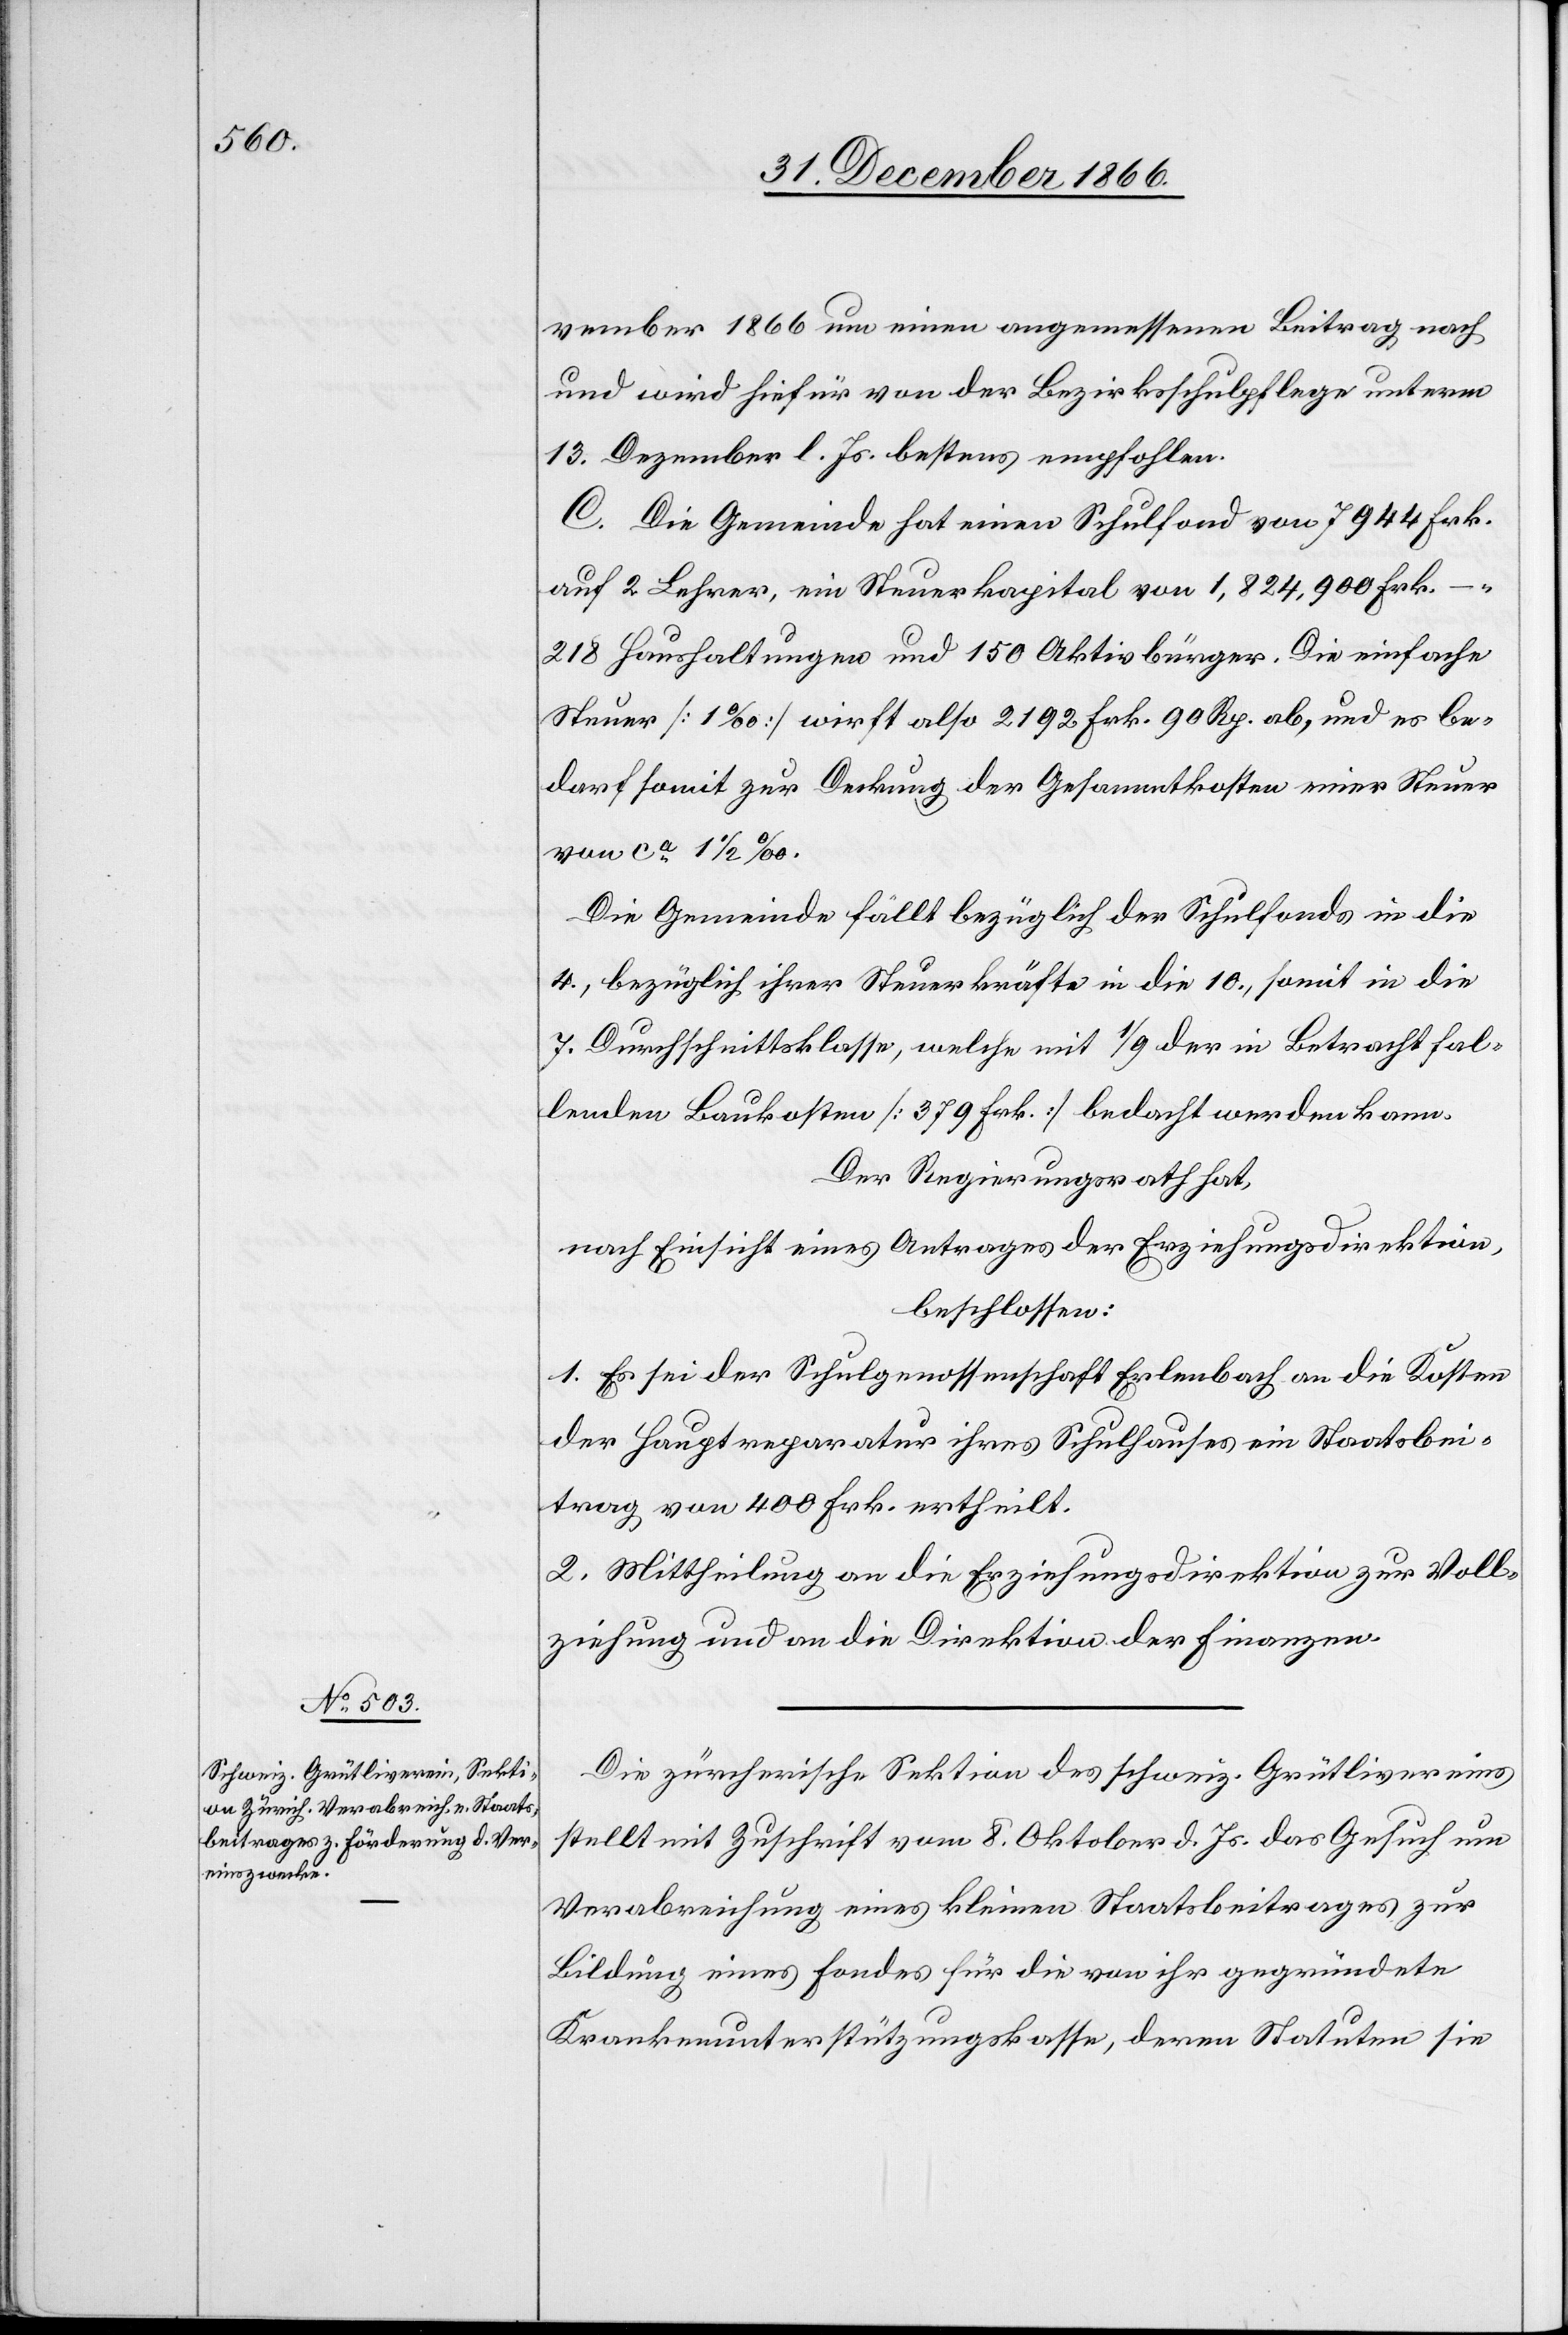
vember 1866 um einen angemessenen Beitrag nach
und wird hiefür von der Bezirksschulpflege unterm
13. Dezember l. Js. bestens empfohlen.
C. Die Gemeinde hat einen Schulfond von 7944 Frk.
auf 2 Lehrer, ein Steuerkapital von 1 824 900 Frk. –.
218 Haushaltungen und 150 Aktivbürger. Die einfache
Steuer [1 ‰] wirft also 2192 Fr. 90 Rp. ab, und es be¬
darf somit zur Deckung der Gesammtkosten einer Steuer
von ca. 11/2 ‰.
Die Gemeinde fällt bezüglich der Schulfonds in die
4., bezüglich ihrer Steuerkräfte in die 10., somit in die
7. Durchschnittsklasse, welche mit 1/9 der in Betracht fal¬
lenden Baukosten [379 Frk.] bedacht werden kann.
Der Regierungsrath hat,
nach Einsicht eines Antrages der Erziehungsdirektion,
beschlossen:
1. Es sei der Schulgenossenschaft Erlenbach an die Kosten
der Hauptreparatur ihres Schulhauses ein Staatsbei¬
trag von 400 Frk. ertheilt.
2. Mittheilung an die Erziehungsdirektion zur Voll¬
ziehung und an die Direktion der Finanzen.
Die zürcherische Sektion des schweiz. Grütlivereins
stellt mit Zuschrift vom 8. Oktober d. Js. das Gesuch um
Verabreichung eines kleinen Staatsbeitrages zur
Bildung eines Fondes für die von ihr gegründete
Krankenunterstützungskasse, deren Statuten sie